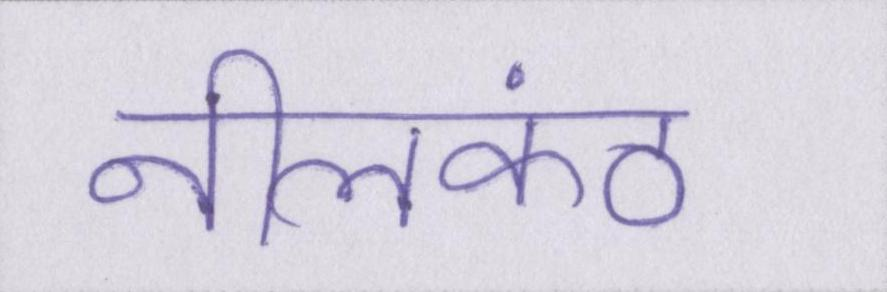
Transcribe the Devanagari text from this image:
नीलकंठ